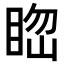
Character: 𥆲